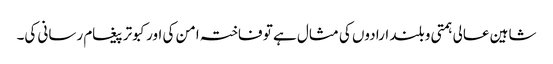
شاہین عالی ہمتی و بلند ارادوں کی مثال ہے تو فاختہ امن کی اور کبوتر پیغام رسانی کی۔